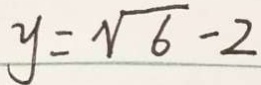
y = \sqrt { 6 } - 2